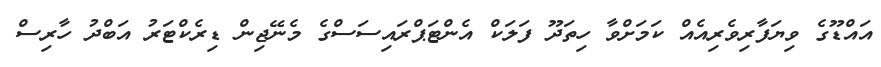
އައްޑޫގެ ވިޔަފާރިވެރިއެއް ކަމަށްވާ ހިތަދޫ ފަލަކް އެންޓަޕްރައިސަސްގެ މެނޭޖިން ޑިރެކްޓަރު އަބްދު ހާރިސް